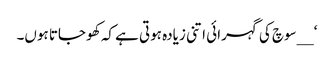
‘ __سوچ کی گہرائی اتنی زیادہ ہوتی ہے کہ کھو جاتا ہوں۔